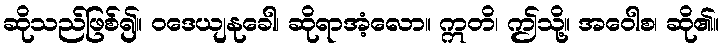
ဆိုသည်ဖြစ်၍။ ဝဒေယျနုခေါ၊ ဆိုရာအံ့လော။ ဣတိ၊ ဤသို့။ အဝေါစ၊ ဆို၏။